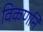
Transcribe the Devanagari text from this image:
विकर्णाने